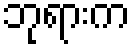
ဘုရားက